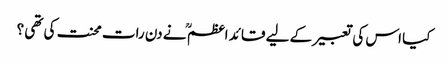
کیا اس کی تعبیر کے لیے قائد اعظم ؒ نے دن رات محنت کی تھی ؟